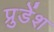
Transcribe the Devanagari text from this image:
प्रुडेंश